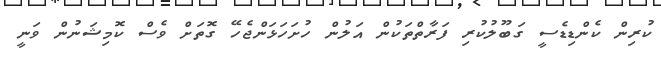
ކުރިން ކެންޑިޑެސީ ގަބޫލުކުރި ފަރާތްތަކުން އަލުން ހުށަހަޅަންޖެހޭ ގޮތަށް ވެސް ކޮމިޝަނުން ވަނީ